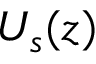
U _ { s } ( z )